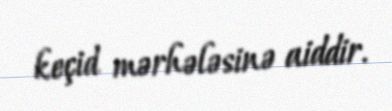
keçid mərhələsinə aiddir.